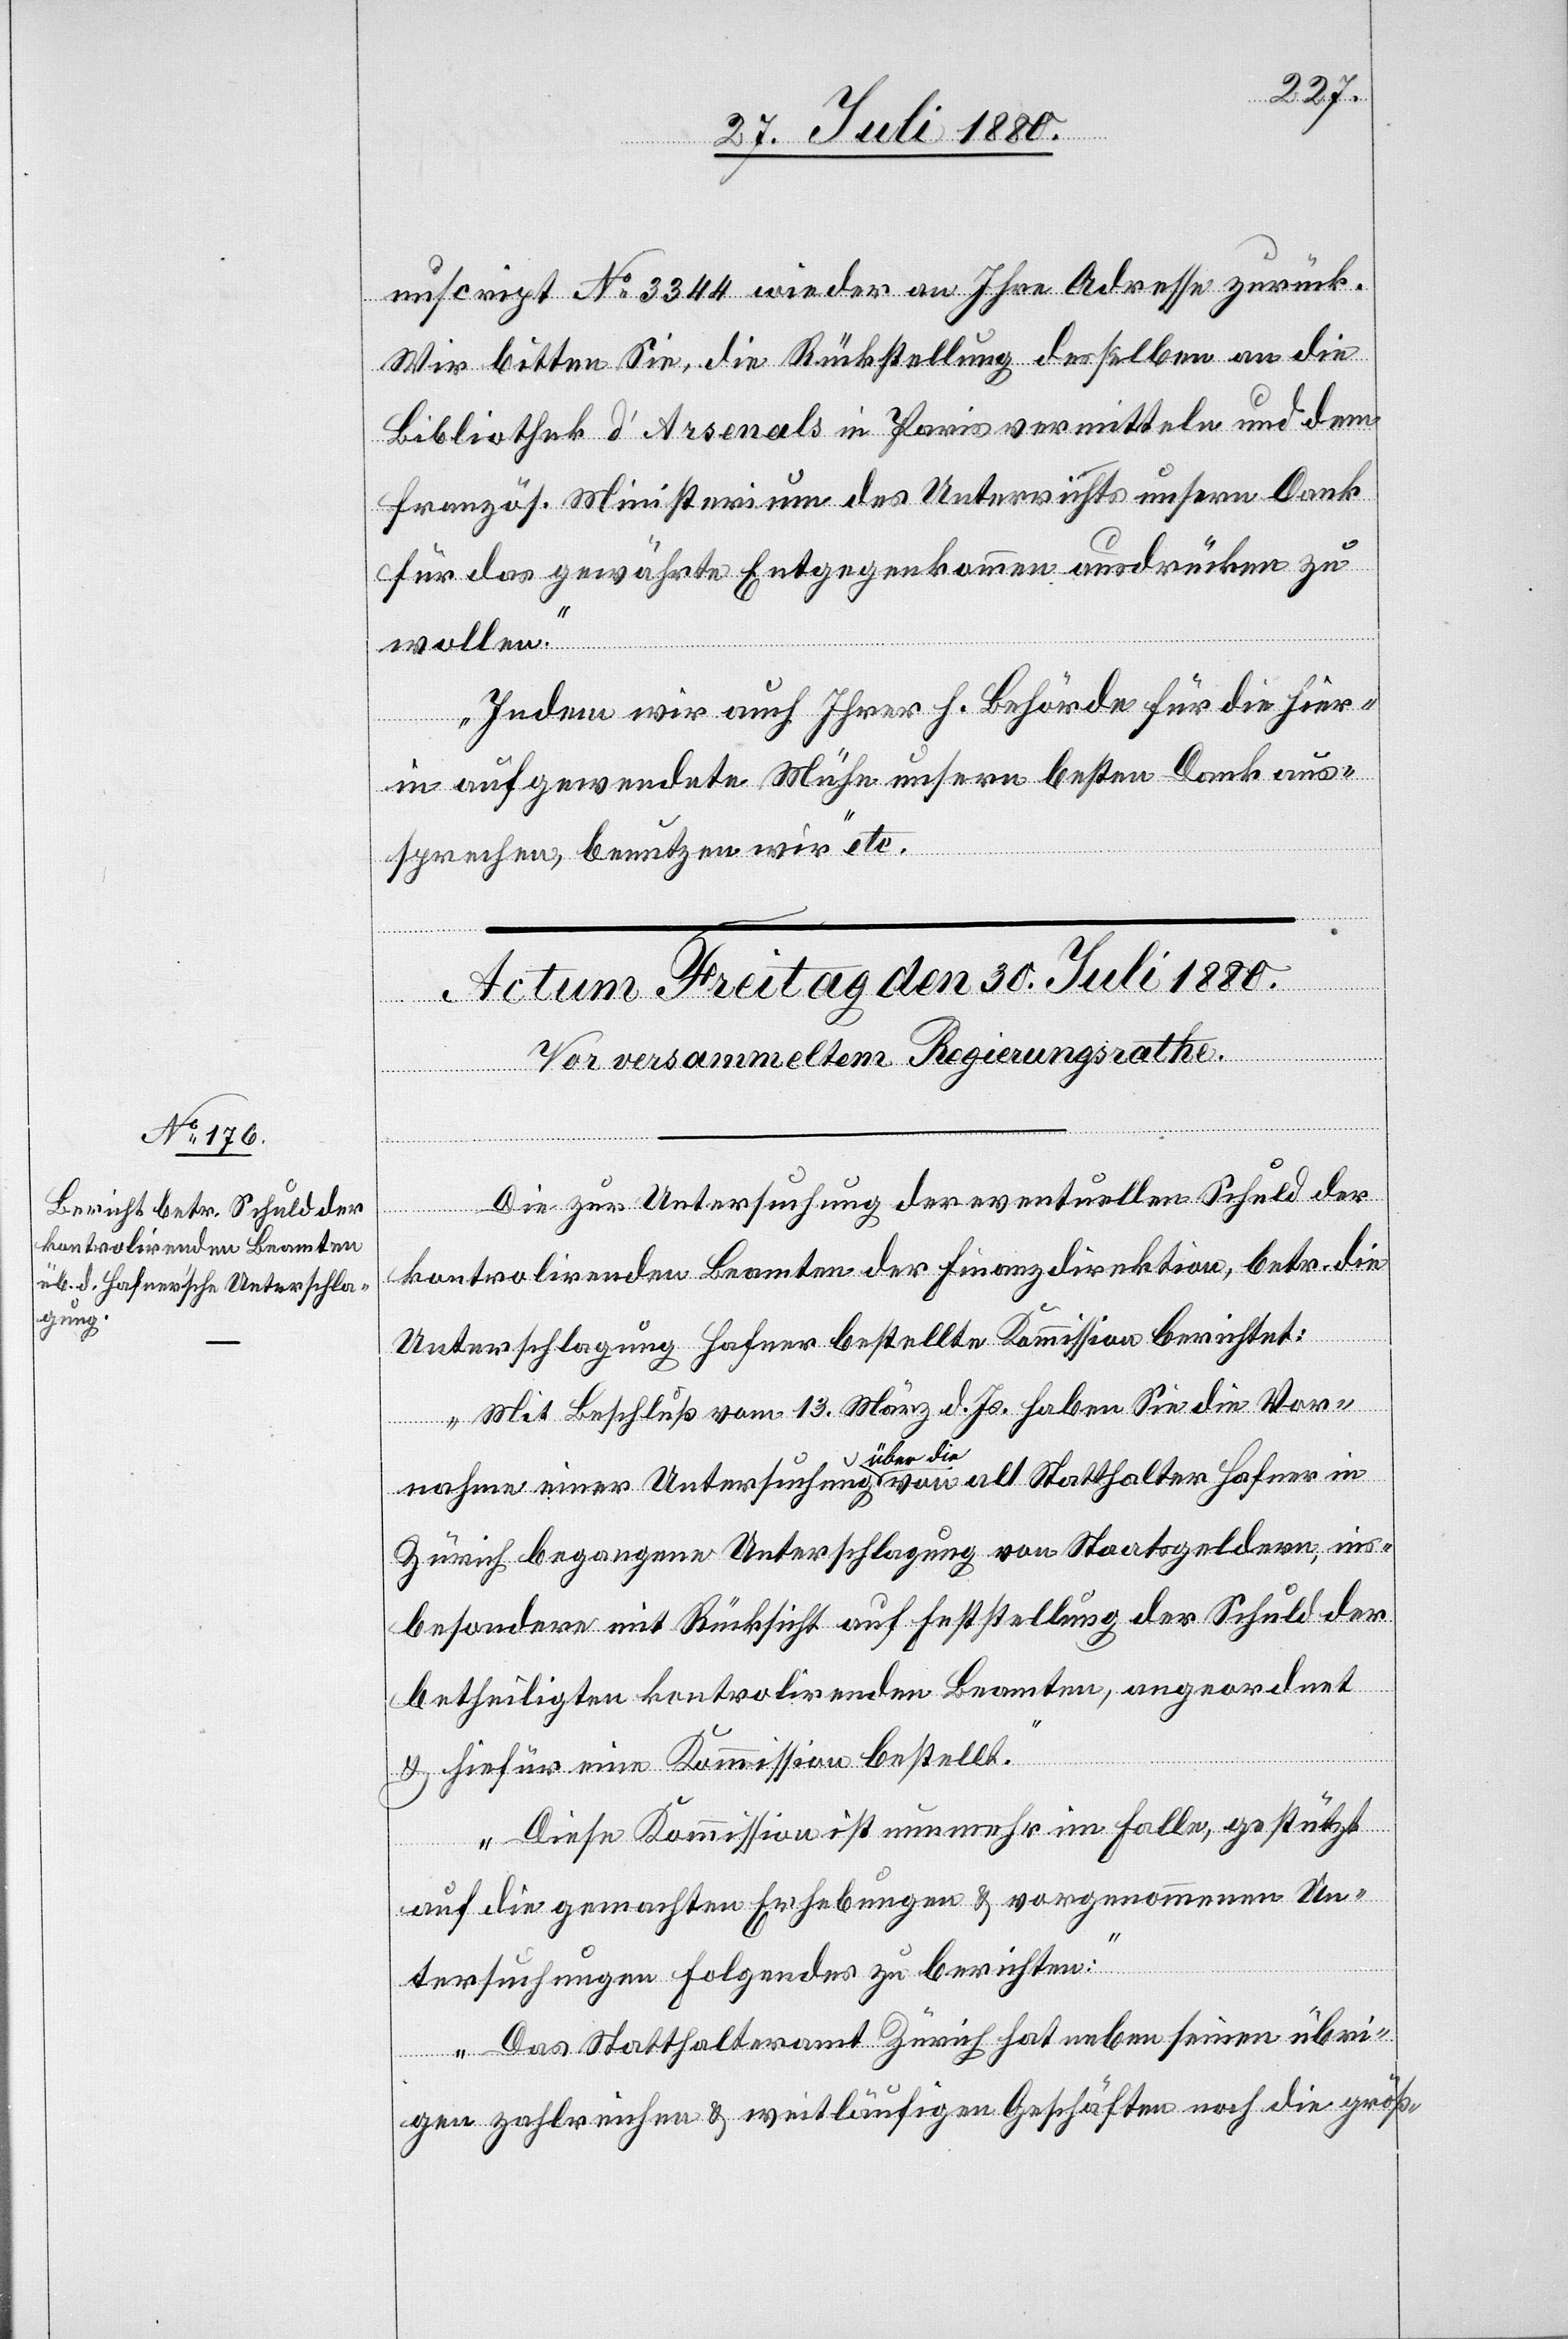
nuscript No 3344 wieder an Ihre Adresse zurück.
Wir bitten Sie, die Rückstellung desselben an die
Bibliothek L‘ Arsenals in Paris vermitteln und dem
französ. Ministerium des Unterrichts unsern Dank
für das gewährte Entgegenkommen ausdrücken zu
wollen.
Indem wir auch Ihrer h. Behörde für die hier¬
in aufgewendete Mühe unsern besten Dank aus¬
sprechen, benutzen wir“ etc.